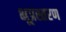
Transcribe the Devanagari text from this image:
भूप्रस्तरण